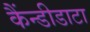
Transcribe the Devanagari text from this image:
कैंन्डीडाटा